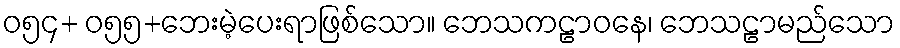
ဝ၅၄+ ဝ၅၅+ဘေးမဲ့ပေးရာဖြစ်သော။ ဘေသကဠာဝနေ၊ ဘေသဠာမည်သော